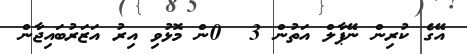
އޭގެ ކުރިން ނޭޕާލް އަތުން 3  0ން މޮޅުވި އިރު އަޒަރުބައިޖާން